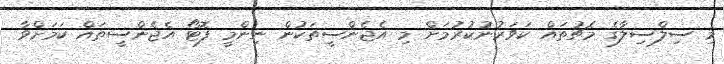
މި ސިލްސިލާގެ މެޗުތައް ކަވަރުނުކުރުމަށް މި އެޖެންސީތަކުން ނިންމީ ފޮޓޯ އެޖެންސީތައް ކަމަށްވާ